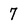
Character: 7